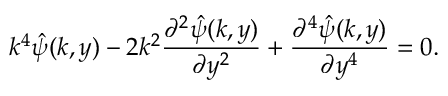
k ^ { 4 } \hat { \psi } ( k , y ) - 2 k ^ { 2 } \frac { \partial ^ { 2 } \hat { \psi } ( k , y ) } { \partial y ^ { 2 } } + \frac { \partial ^ { 4 } \hat { \psi } ( k , y ) } { \partial y ^ { 4 } } = 0 .